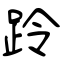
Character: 跉